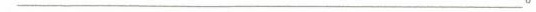
___________________。